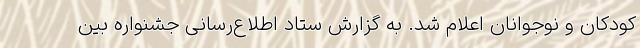
کودکان و نوجوانان اعلام شد. به گزارش ستاد اطلاع‌رسانی جشنواره بین